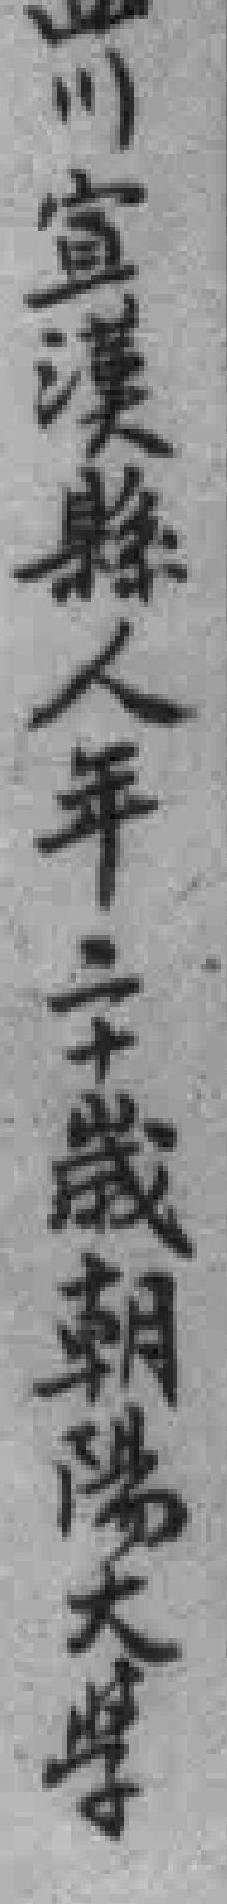
四川宣漢縣人年二十歲朝陽大學